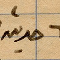
٦ حديئة